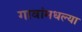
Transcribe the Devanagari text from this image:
गावांमधल्या